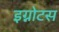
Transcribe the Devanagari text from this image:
इग्नोटस